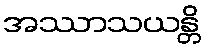
အဿာသယန္တိ